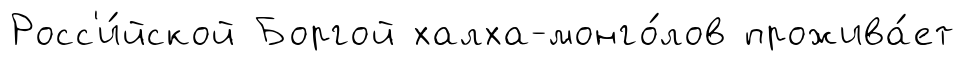
Росс'и́йской Боргой халха-монго́лов прожива́ет